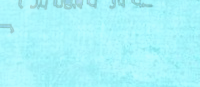
أفضل قهوة في المدينة بانت